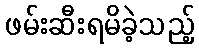
ဖမ်းဆီးရမိခဲ့သည့်